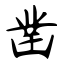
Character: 凿